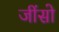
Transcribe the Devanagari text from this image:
जींसो